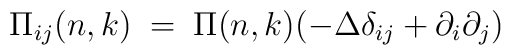
\Pi_{ij}(n,k) \;=\; \Pi (n,k) (- \Delta \delta_{ij} + \partial_i \partial_j )